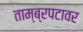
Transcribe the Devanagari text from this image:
ताम्ब्रपटावर